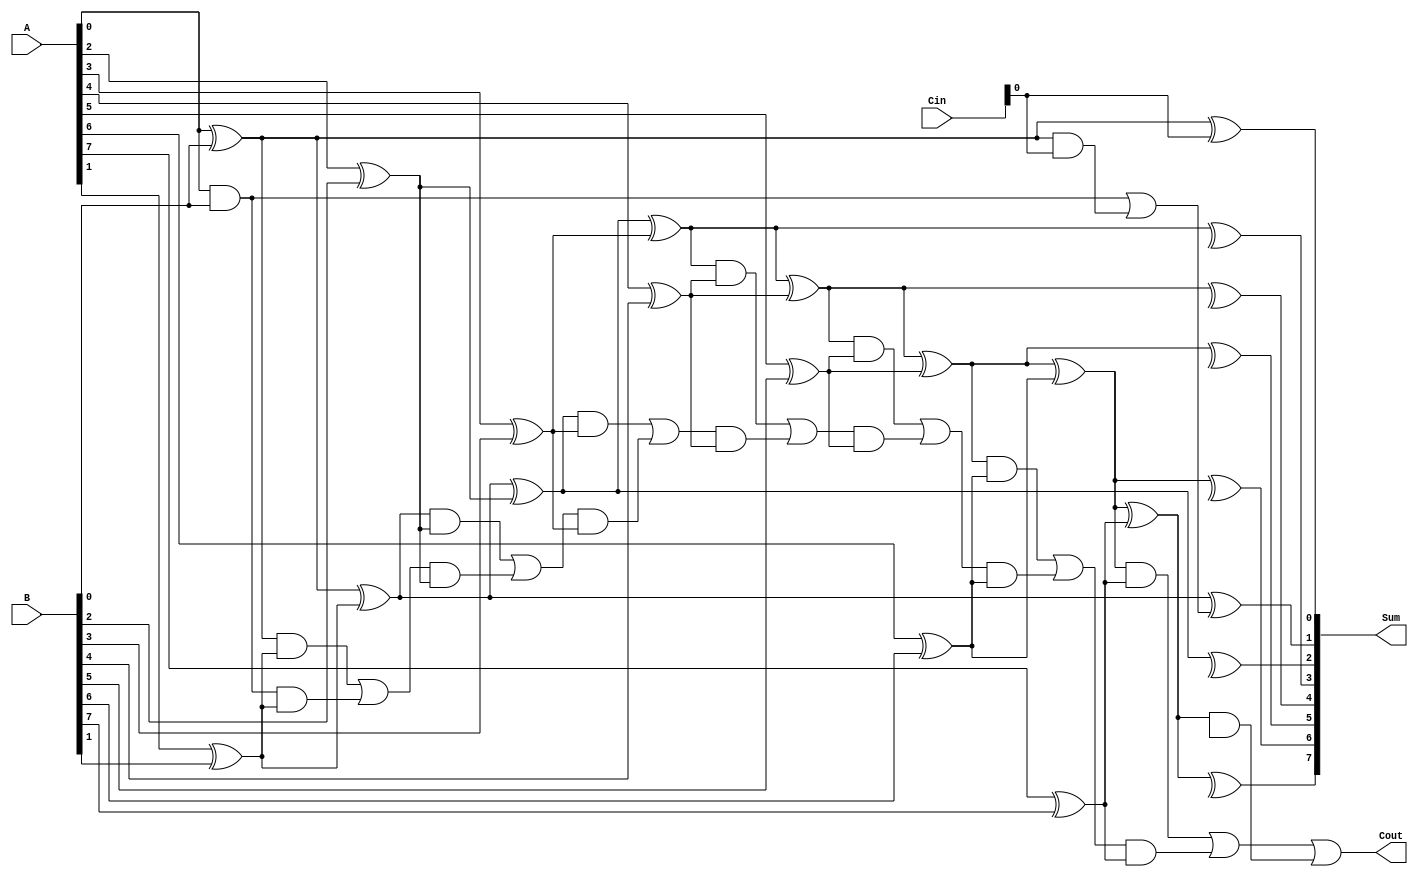
module CLB_CSA (
    input [7:0] A,
    input [7:0] B,
    input [7:0] Cin,
    output [7:0] Sum,
    output Cout
);

wire [8:0] P, G, C;

assign P[0] = A[0] ^ B[0];
assign G[0] = A[0] & B[0];

genvar i;
generate
    for (i = 1; i < 8; i = i + 1) begin : gen_block
        assign P[i] = P[i-1] ^ (A[i] ^ B[i]);
        assign G[i] = (P[i-1] & (A[i] ^ B[i])) | (G[i-1] & (A[i] ^ B[i]));
    end
endgenerate

assign C[0] = G[0] | (P[0] & Cin);
assign Cout = G[7] | (P[7] & C[7]);

assign Sum[0] = P[0] ^ Cin;
generate
    for (i = 1; i < 8; i = i + 1) begin : gen_sum
        assign Sum[i] = P[i] ^ C[i-1];
    end
endgenerate

endmodule